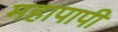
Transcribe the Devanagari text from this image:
महापापी